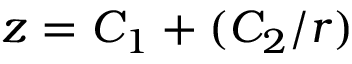
z = C _ { 1 } + ( C _ { 2 } / r )